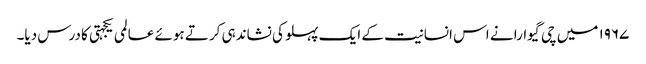
۱۹۶۷ میں چی گیوارا نے اس انسانیت کے ایک پہلو کی نشاندہی کرتے ہوئے عالمی یکجہتی کا درس دیا۔